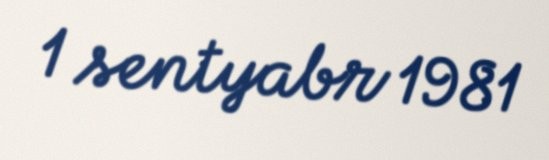
1 sentyabr 1981